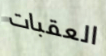
العقبات